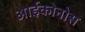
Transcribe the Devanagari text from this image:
आईकोनोस